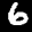
Label: 6